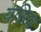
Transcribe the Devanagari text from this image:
वसिया